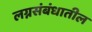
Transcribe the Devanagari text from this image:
लग्नसंबंधातील